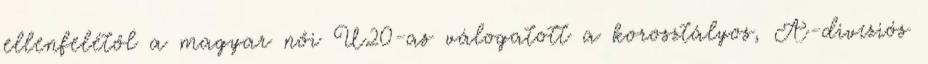
ellenfelétől a magyar női U20-as válogatott a korosztályos, A-divíziós